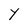
Character: Y